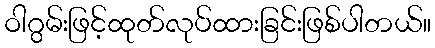
ဝါဂွမ်းဖြင့်ထုတ်လုပ်ထားခြင်းဖြစ်ပါတယ်။